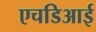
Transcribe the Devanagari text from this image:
एचडिआई